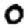
Digit: 0